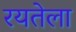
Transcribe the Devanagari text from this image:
रयतेला